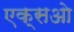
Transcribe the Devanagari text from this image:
एक्सओ